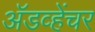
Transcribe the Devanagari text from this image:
अॅडव्हेंचर